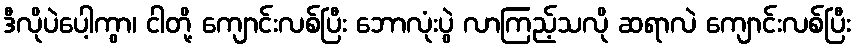
ဒီလိုပဲပေါ့ကွာ၊ ငါတို့ ကျောင်းလစ်ပြီး ဘောလုံးပွဲ လာကြည့်သလို ဆရာလဲ ကျောင်းလစ်ပြီး